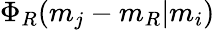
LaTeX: \Phi_{R}(m_{j}-m_{R}\vert m_{i})